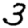
Digit: 3